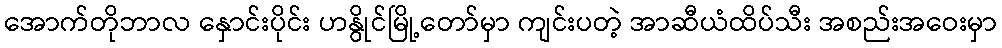
အောက်တိုဘာလ နှောင်းပိုင်း ဟနွိုင်မြို့တော်မှာ ကျင်းပတဲ့ အာဆီယံထိပ်သီး အစည်းအဝေးမှာ